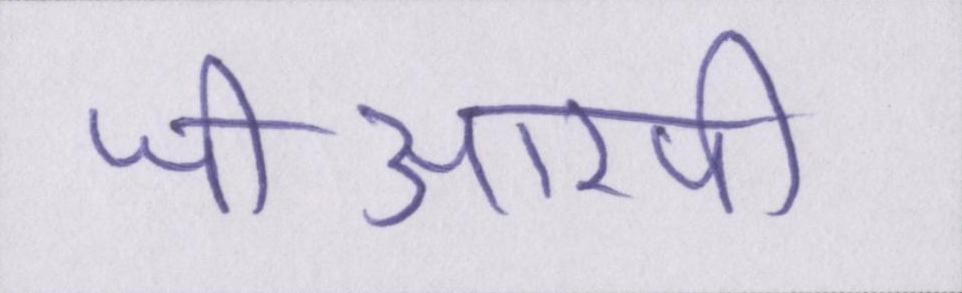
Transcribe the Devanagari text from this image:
जीआरपी